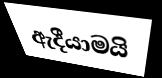
ඇදීයාමයි